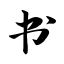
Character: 书